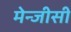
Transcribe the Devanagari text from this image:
मेन्जीसी